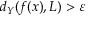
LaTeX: d _ { Y } ( f ( x ) , L ) > \varepsilon